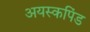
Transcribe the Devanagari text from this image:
अयस्कपिंड